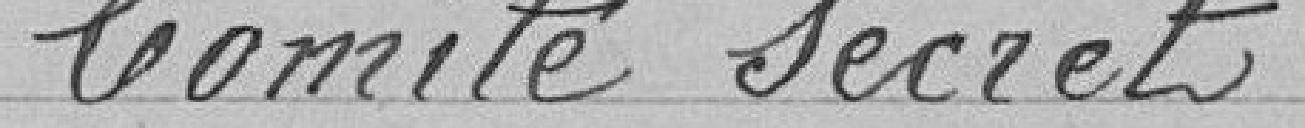
Comité secret